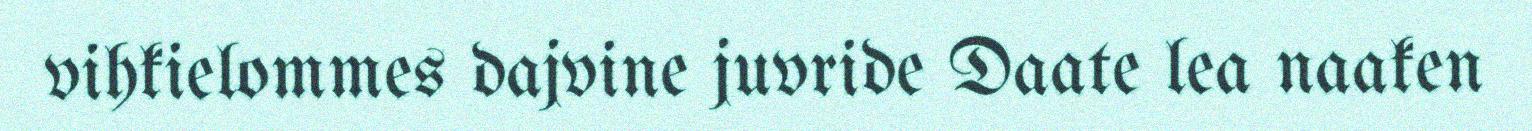
vihkielommes dajvine juvride Daate lea naaken